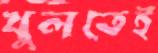
খুলতেই